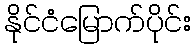
နိုင်ငံမြောက်ပိုင်း